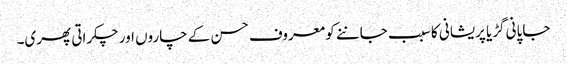
جاپانی گڑیا پریشانی کا سبب جاننے کو معروف حسن کے چاروں اور چکراتی پھری۔